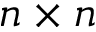
n \times n